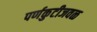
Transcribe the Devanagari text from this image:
पर्णकुटीजवळ